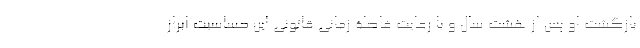
بازگشت او پس از هشت سال و با رعایت فاصلۀ زمانی قانونی این حساسیت ابراز